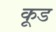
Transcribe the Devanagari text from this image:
कूड